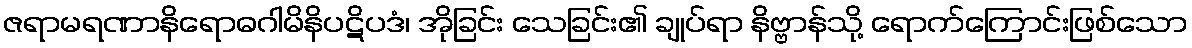
ဇရာမရဏာနိရောဓဂါမိနိပဋိပဒံ၊ အိုခြင်း သေခြင်း၏ ချုပ်ရာ နိဗ္ဗာန်သို့ ရောက်ကြောင်းဖြစ်သော